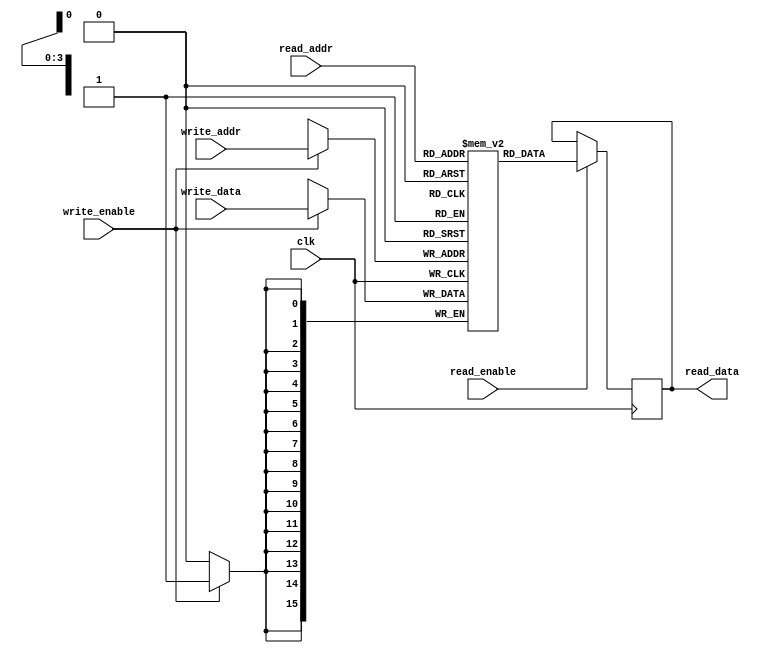
//*********************************************************
//MEMORY ARRAY 
//***********************************************************
//
// File Name: 
// Module Name: mem_array
// Description: FIFO internal memory to store incoming data. It is
// implemented as flop-array
// Place: Cadence Design Systems, Inc.
//***********************************************************
//
module mem_array #(
     parameter ADDR_WIDTH = 4,
     parameter DEPTH = 16,
     parameter DATA_WIDTH = 16
     )
     (
     input [ADDR_WIDTH-1:0] write_addr,
     input [ADDR_WIDTH-1:0] read_addr,
     input write_enable,
     input read_enable,
     input clk,
     input [DATA_WIDTH-1:0] write_data,
     output reg [DATA_WIDTH-1:0] read_data
     ); 
     reg [DATA_WIDTH-1:0] mem [0:DEPTH-1];
 
      // Mem write
      always @(posedge clk)
      begin
           if (write_enable)
                mem[write_addr] <= write_data;
     end 
     // Mem Read
     always @(posedge clk)
     begin
          if (read_enable)
          begin
               read_data <= mem[read_addr];
          end
	 end
endmodule//***********************************************************//